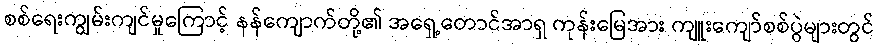
စစ်ရေးကျွမ်းကျင်မှုကြောင့် နန်ကျောက်တို့၏ အရှေ့တောင်အာရှ ကုန်းမြေအား ကျူးကျော်စစ်ပွဲများတွင်